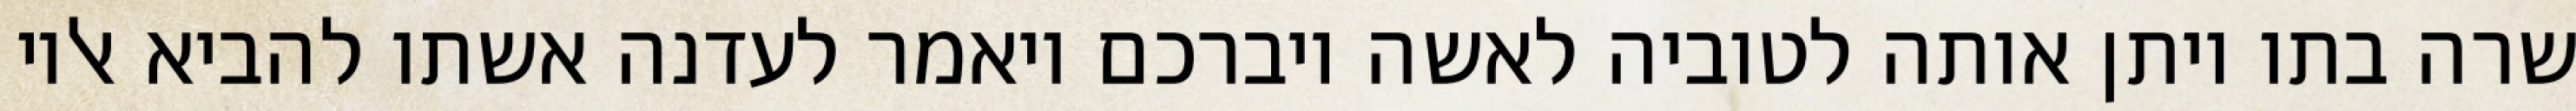
שרה בתו ויתן אותה לטוביה לאשה ויברכם ויאמר לעדנה אשתו להביא אליו